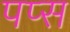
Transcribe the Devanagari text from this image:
पप्स